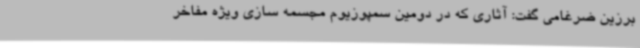
برزین ضرغامی گفت: آثاری که در دومین سمپوزیوم مجسمه سازی ویژه مفاخر